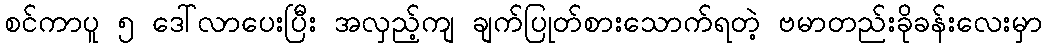
စင်ကာပူ ၅ ဒေါ်လာပေးပြီး အလှည့်ကျ ချက်ပြုတ်စားသောက်ရတဲ့ ဗမာတည်းခိုခန်းလေးမှာ